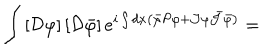
LaTeX: \int \left[ { \cal D } \varphi \right] \left[ { \cal D } \bar { \varphi } \right] e ^ { i \int d x \left( \bar { \varphi } { \cal P } \varphi + { \cal J } \varphi \bar { { \cal J } } \bar { \varphi } \right) } =